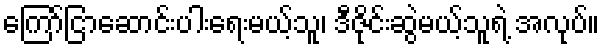
ကြော်ငြာဆောင်းပါးရေးမယ့်သူ၊ ဒီဇိုင်းဆွဲမယ့်သူရဲ့ အလုပ်။